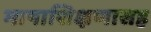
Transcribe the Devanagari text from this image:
भाषाशिक्षणासह